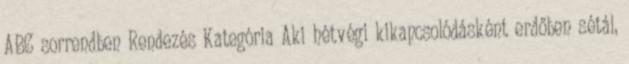
ABC sorrendben Rendezés Kategória Aki hétvégi kikapcsolódásként erdőben sétál,